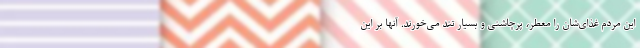
این مردم غذای‌شان را معطر، پرچاشنی و بسیار تند می‌خورند. آنها بر این